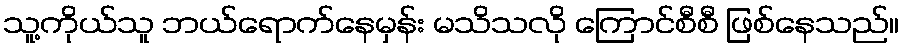
သူ့ကိုယ်သူ ဘယ်ရောက်နေမှန်း မသိသလို ကြောင်စီစီ ဖြစ်နေသည်။